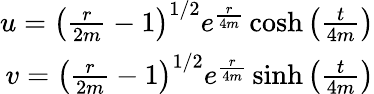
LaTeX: \begin{array}{r}{u=\left(\frac{r}{2m}-1\right)^{1/2}e^{\frac{r}{4m}}\cosh\left(\frac{t}{4m}\right)}\\ {v=\left(\frac{r}{2m}-1\right)^{1/2}e^{\frac{r}{4m}}\sinh\left(\frac{t}{4m}\right)}\end{array}